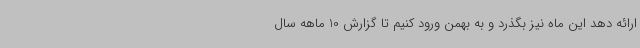
ارائه دهد این ماه نیز بگذرد و به بهمن ورود کنیم تا گزارش 10 ماهه سال